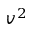
v ^ { 2 }